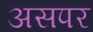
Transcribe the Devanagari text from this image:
असपर